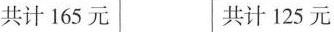
共计165元 共计125元